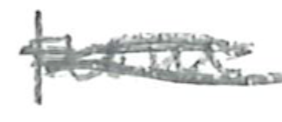
Text: from
Cross-out: scratch
Writing tool: pencil